Report on vaccination in Madras 1877-1894 - 1877-1894
Year: 1877
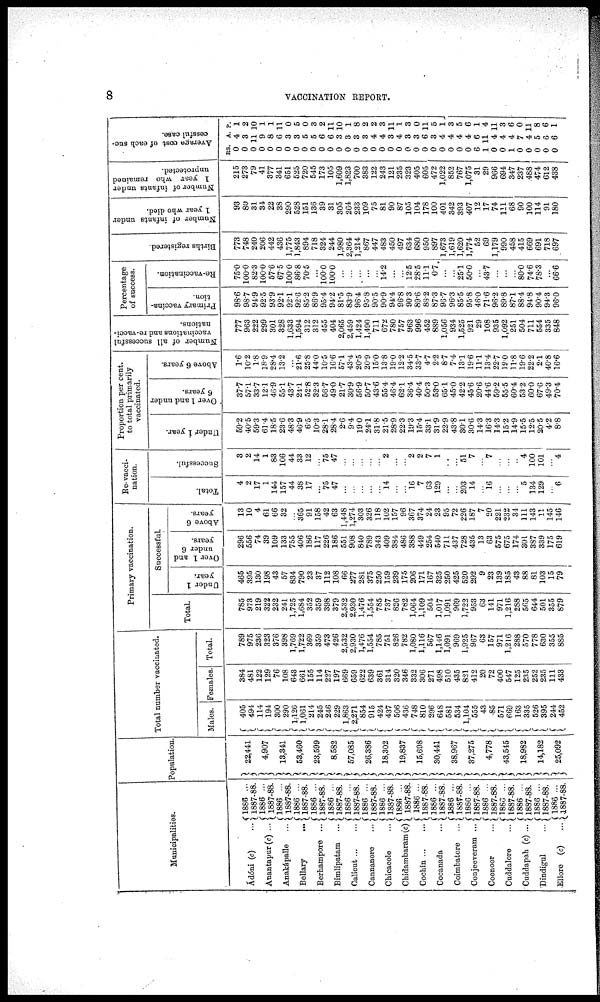
8
VACCINATION REPORT.
Municipalities.
Ádóni (c) ...
Anantapur(c) ...
Anakápalle ...
Bellary
...
Berhampore ...
Bimlipatam ...
Calicut ... ...
Cannanore
...
Chicacole
...
Chidambaram (c)
Cochin
...
...
Cocanada
...
Coimbatore ...
Conjeeveram ...
Coonoor
...
Cuddalore
...
Cuddapah (c) ...
Dindigul
...
Ellore (c)
...
1886 ...
1887-88.
1886 ...
1887-88.
1886 ...
1887-88.
1886 ...
1887-88.
1886 ...
1887-88.
1886 ...
1887-88.
1886 ...
1887-88.
1886 ...
1887-88.
1886 ...
1887-88.
1886 ...
1887-88.
1886 ...
1887-88.
1886 ...
1887-88.
1886 ...
1887-88.
1886 ...
1887-88.
1886 ...
1887-88.
1886 ...
1887-88.
1886 ...
1887-88.
1886 ...
1887-88.
1886 ...
1887-88.
Population.
22,441
4,907
13,341
53,460
23,599
8,582
57,085
26,386
18,302
19,837
15,698
30,441
38,967
37,275
4,778
43,545
18,982
14,182
25,092
Total number vaccinated.
Males.
405
494
114
194
300
290
1,126
1,061
214
245
246
229
1,863
2,271
854
915
424
437
506
436
748
810
296
648
581
534
1,104
555
43
85
571
669
163
335
526
395
244
452
Females.
384
481
122
129
76
108
643
661
155
114
227
197
669
659
622
639
361
314
320
346
332
306
271
498
510
435
821
412
20
72
400
547
125
235
252
235
111
433
Total.
789
975
236
323
376
398
1,769
1,722
369
359
473
426
2,532
2,930
1,476
1,554
785
751
826
782
1,080
1,116
567
1,146
1,091
969
1,925
967
63
157
971
1,216
288
570
778
630
355
885
Primary vaccination.
Total.
785
973
219
322
232
241
1,725
1,684
352
359
398
379
2,532
2,930
1,476
1,554
785
737
826
782
1,064
1,109
504
1,017
1,091
969
1,722
953
63
141
971
1,216
288
565
644
501
355
879
Successful.
Under 1
year.
465
395
130
198
43
57
834
790
23
37
112
108
66
277
281
375
250
159
239
175
206
171
167
325
250
425
520
292
9
23
139
185
43
88
81
103
15
79
Over 1 and
under 6
years.
296
556
74
39
109
133
755
406
186
117
226
186
551
908
840
789
343
409
384
486
388
449
254
540
711
437
728
435
13
63
575
675
174
301
387
339
175
619
Above 6
years.
13
10
4
61
66
32
...
365
91
158
42
63
1,448
1,274
303
326
118
102
157
96
367
374
24
23
95
72
226
187
7
20
221
232
34
111
143
11
145
146
Re-vacci-
nation.
Total.
4
2
17
1
144
157
44
38
17
...
75
47
...
...
...
...
...
14
...
...
16
7
63
129
...
...
203
14
...
16
...
...
...
5
134
129
...
6
Successful.
3
2
14
1
83
106
44
33
12
...
75
47
...
...
...
...
...
2
...
...
2
2
7
1
...
...
51
7
...
...
...
...
...
4
100
101
...
4
Proportion per cent.
to total primarily
vaccinated.
Under 1 year.
59.2
40.5
59.3
61.4
18.5
23.6
48.3
46.9
6.5
10.3
28.1
28.4
2.6
9.4
19.0
24.1
31.8
21.5
28.9
22.3
19.3
15.4
33.1
31.9
22.9
43.8
30.1
30.6
14.3
16.3
14.3
15.2
14.9
15.5
12.5
20.5
4.2
8.8
Over 1 and under
6 years.
37.7
57.1
33.7
12.1
46.9
55.1
43.7
24.1
52.8
32.3
56.7
49.0
21.7
30.9
56.9
50.7
43.6
55.4
46.4
62.1
36.4
40.4
50.3
53.0
65.1
45.0
42.2
45.6
20.6
44.6
59.2
55.5
60.4
53.2
60.0
67.6
49.3
70.4
Above 6 years.
1.6
10.2
1.8
18.9
28.4
13.2
...
21.6
25.8
44.0
10.5
16.6
57.1
43.4
20.5
20.9
15.0
13.8
19.0
12.2
34.5
33.7
4.7
2.2
8.7
7.4
13.1
19.6
11.1
13.4
22.7
19.0
11.8
19.6
22.2
2.1
40.8
16.6
Number of all successful
vaccinations and re-vacci-
nations.
777
963
222
299
301
328
1,633
1,594
312
312
455
404
2,065
2,459
1,424
1,490
711
672
780
757
963
996
452
889
1,056
934
1,525
921
29
108
935
1,092
251
504
711
554
335
848
Percentage
of success.
Primary vaccina-
tion.
98.6
98.7
94.9
92.5
93.9
92.1
92.1
92.6
85.2
86.9
95.4
94.2
81.5
83.9
96.4
95.8
90.5
90.9
94.4
96.8
90.3
89.6
88.2
87.3
96.7
96.3
85.5
95.8
46.0
71.6
96.2
89.8
87.1
88.4
94.8
90.4
94.3
96.0
Re-vaccination.
75.0
100.0
82.3
100.0
57.6
67.5
100.0
86.8
70.5
...
100.0
100.0
...
...
...
...
...
14.2
...
...
12.5
28.5
11.1
0.7
...
...
25.1
50.0
...
43.7
...
...
...
80.0
74.6
78.3
...
66.6
Births registered.
773
748
240
206
442
436
1,775
1,843
894
718
324
244
1,980
2,364
1,214
867
447
483
450
497
634
680
950
897
1,673
1,619
1,620
1,774
52
69
1,179
990
458
415
669
691
718
697
Number of infants under
1 year who died.
93
80
31
34
22
38
290
528
151
136
39
31
305
264
233
109
75
81
90
87
105
104
178
100
401
342
393
407
12
17
74
111
68
90
100
114
91
180
Number of infants under
1 year who remained
unprotected.
215
273
79
41
377
341
651
525
720
545
173
105
1,609
1,823
700
383
122
243
121
235
323
405
605
472
1,022
852
767
1,075
31
29
966
694
347
237
488
474
612
438
Average cost of each suc-
cessful case.
RS.
0
0
0
0
0
0
0
0
0
0
0
0
0
0
0
0
0
0
0
0
0
0
0
0
0
0
0
0
6
1
0
0
1
0
0
0
0
0
A.
4
3
11
9
8
6
3
3
5
5
6
6
3
3
3
3
4
4
3
4
3
3
6
3
4
4
4
4
6
11
4
4
4
7
4
5
6
6
P.
1
2
10
1
1
11
0
5
0
3
2
11
10
1
8
2
2
3
11
1
3
0
11
5
1
3
5
6
1
4
11
3
6
0
11
8
6
1